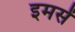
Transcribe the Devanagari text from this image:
इमसें